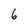
Character: 6